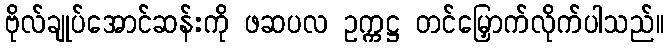
ဗိုလ်ချုပ်အောင်ဆန်းကို ဖဆပလ ဥက္ကဋ္ဌ တင်မြှောက်လိုက်ပါသည်။